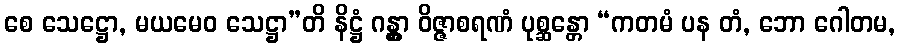
စေ သေဋ္ဌော, မယမေဝ သေဋ္ဌာ”တိ နိဋ္ဌံ ဂန္တွာ ဝိဇ္ဇာစရဏံ ပုစ္ဆန္တော “ကတမံ ပန တံ, ဘော ဂေါတမ,